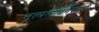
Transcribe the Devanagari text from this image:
नृत्यसाधनेसाठी